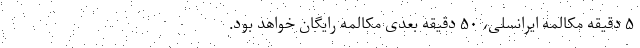
۵ دقیقه مکالمه ایرانسلی، ۵۰ دقیقه بعدی مکالمه‌ رایگان خواهد بود.